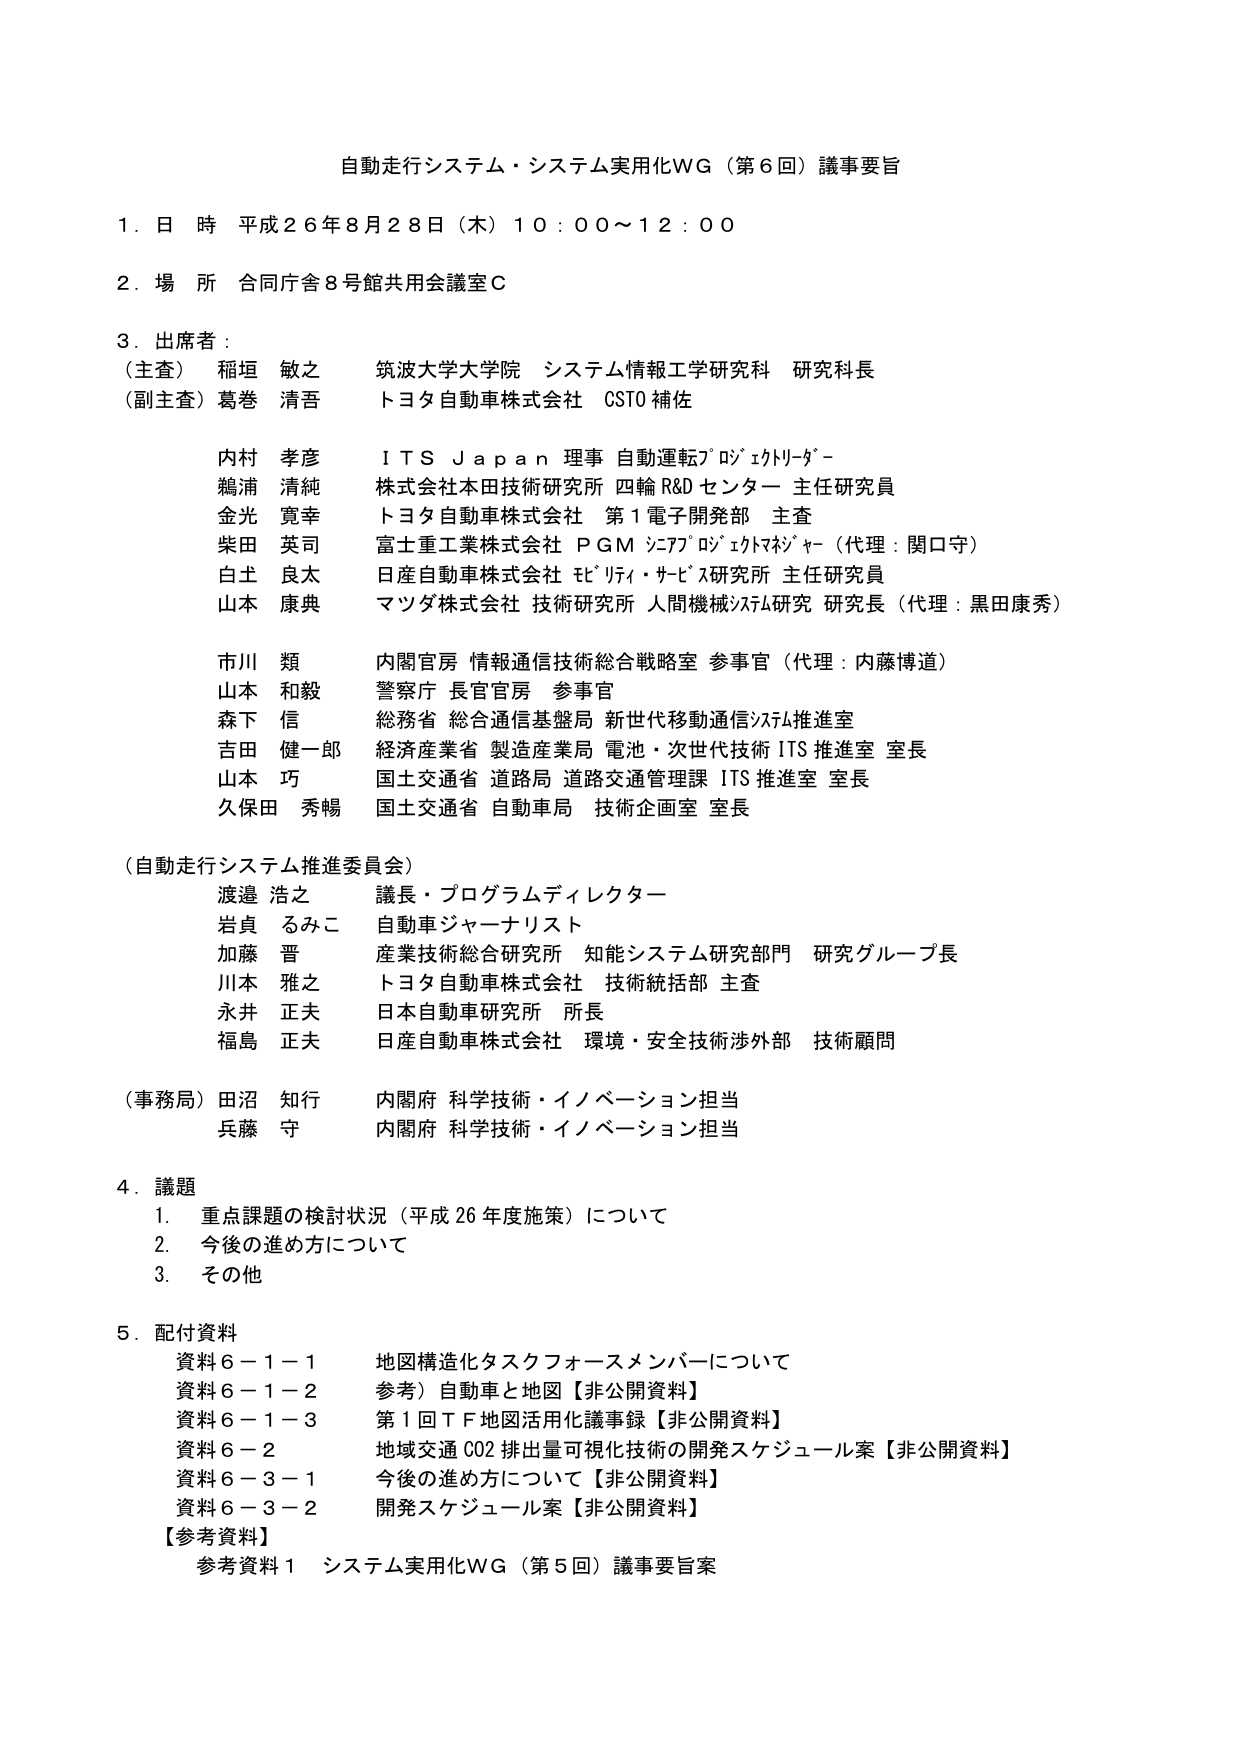
自動走行システム・システム実用化WG（第６回）議事要旨

１．日 時 平成２６年８月２８日（木）１０：００～１２：００

２．場 所 合同庁舎８号館共用会議室Ｃ

３．出席者：
（主査） 稲垣 敏之 筑波大学大学院 システム情報工学研究科 研究科長
（副主査）葛巻 清吾 トヨタ自動車株式会社 CSTO 補佐

内村 孝彦 ＩＴＳ Ｊａｐａｎ 理事 自動運転プロジェクトリーダー
鵜浦 清純 株式会社本田技術研究所 四輪R&Dセンター 主任研究員
金光 寛幸 トヨタ自動車株式会社 第１電子開発部 主査
柴田 英司 富士重工業株式会社 ＰＧＭ システムプロジェクトマネージャー（代理：関口守）
白土 良太 日産自動車株式会社 モビリティ・サービス研究所 主任研究員
山本 康典 マツダ株式会社 技術研究所 人間機械システム研究 研究長（代理：黒田康秀）

市川 類 内閣官房 情報通信技術総合戦略室 参事官（代理：内藤博道）
山本 和毅 警察庁 長官官房 参事官
森下 信 総務省 総合通信基盤局 新世代移動通信システム推進室
吉田 健一郎 経済産業省 製造産業局 電池・次世代技術 ITS 推進室 室長
山本 巧 国土交通省 道路局 道路交通管理課 ITS 推進室 室長
久保田 秀暢 国土交通省 自動車局 技術企画室 室長

（自動走行システム推進委員会）
渡邉 浩之 議長・プログラムディレクター
岩貞 るみこ 自動車ジャーナリスト
加藤 晋 産業技術総合研究所 知能システム研究部門 研究グループ長
川本 雅之 トヨタ自動車株式会社 技術統括部 主査
永井 正夫 日本自動車研究所 所長
福島 正夫 日産自動車株式会社 環境・安全技術渉外部 技術顧問

（事務局）田沼 知行 内閣府 科学技術・イノベーション担当
兵藤 守 内閣府 科学技術・イノベーション担当

４．議題
１． 重点課題の検討状況（平成26年度施策）について
２． 今後の進め方について
３． その他

５．配付資料
資料６－１－１ 地図構造化タスクフォースメンバーについて
資料６－１－２ 参考）自動車と地図【非公開資料】
資料６－１－３ 第１回ＴＦ地図活用化議事録【非公開資料】
資料６－２ 地域交通CO2排出量可視化技術の開発スケジュール案【非公開資料】
資料６－３－１ 今後の進め方について【非公開資料】
資料６－３－２ 開発スケジュール案【非公開資料】
【参考資料】
参考資料１ システム実用化WG（第５回）議事要旨案